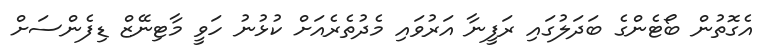
އެގޮތުން ބޯޓެންގެ ބަދަލުގައި ރަފީނާ އަރުވައި މެދުތެރެއަށް ކުޅުނު ހަވީ މާޓިނޭޒް ޑިފެންސަށް